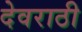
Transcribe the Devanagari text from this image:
देवराठी